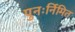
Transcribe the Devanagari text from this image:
पुनःर्निमित